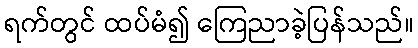
ရက်တွင် ထပ်မံ၍ ကြေညာခဲ့ပြန်သည်။